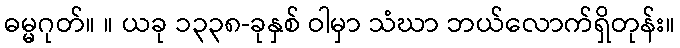
ဓမ္မဂုတ်။ ။ ယခု ၁၃၃၈-ခုနှစ် ဝါမှာ သံဃာ ဘယ်လောက်ရှိတုန်း။